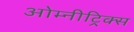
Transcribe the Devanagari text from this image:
ओम्नीट्रिक्स